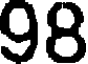
98